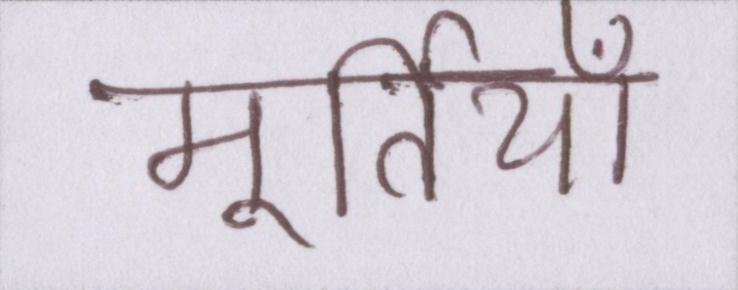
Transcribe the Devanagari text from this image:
मूर्तियाँ